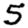
Digit: 5